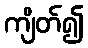
ကျိတ်၍